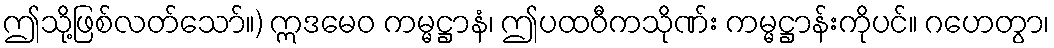
ဤသို့ဖြစ်လတ်သော်။) ဣဒမေဝ ကမ္မဋ္ဌာနံ၊ ဤပထဝီကသိုဏ်း ကမ္မဋ္ဌာန်းကိုပင်။ ဂဟေတွာ၊